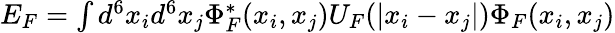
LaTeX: \begin{array}{r}{E_{F}=\int d^{6}x_{i}d^{6}x_{j}\Phi_{F}^{*}(x_{i},x_{j})U_{F}(|x_{i}-x_{j}|)\Phi_{F}(x_{i},x_{j})}\end{array}